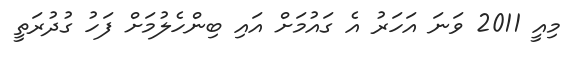
މިއީ 2011 ވަނަ އަހަރު އެ ގައުމަށް އައި ބިންހެލުމަށް ފަހު ގުދުރަތީ